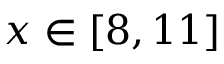
x \in \left[ 8 , 1 1 \right]